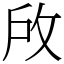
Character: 𢼄